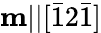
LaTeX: \mathbf{m}||[\bar{1}2\bar{1}]